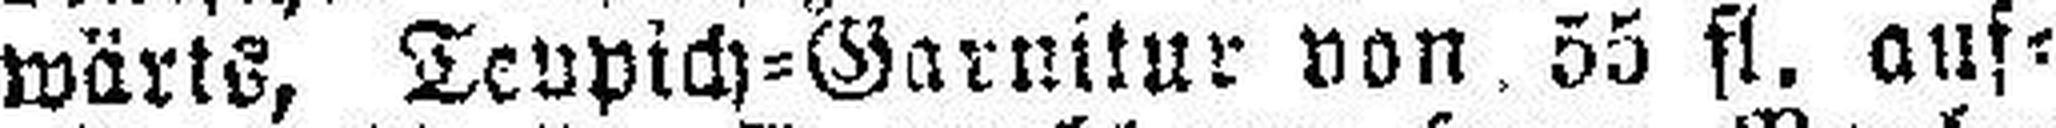
wärts, Tevpich=Garnitur von 55 fl. auf¬